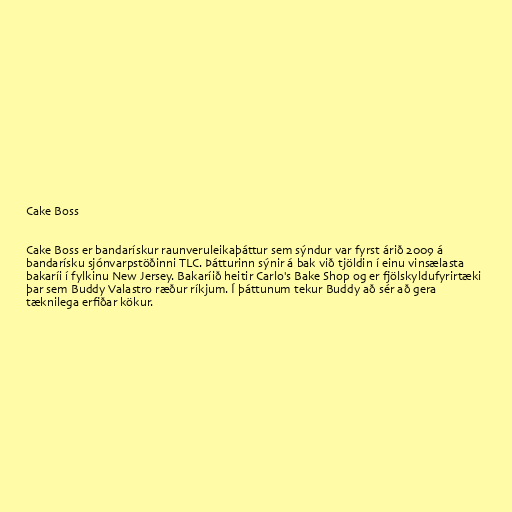
Cake Boss

Cake Boss er bandarískur raunveruleikaþáttur sem sýndur var fyrst árið 2009 á
bandarísku sjónvarpstöðinni TLC. Þátturinn sýnir á bak við tjöldin í einu vinsælasta
bakaríi í fylkinu New Jersey. Bakaríið heitir Carlo's Bake Shop og er fjölskyldufyrirtæki
þar sem Buddy Valastro ræður ríkjum. Í þáttunum tekur Buddy að sér að gera
tæknilega erfiðar kökur.